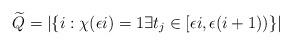
LaTeX: \begin{align*}\widetilde{Q}=\left|\left\{ i:\chi(\epsilon i )=1 \exists t_{j}\in[\epsilon i,\epsilon(i+1)) \right\} \right|\end{align*}